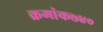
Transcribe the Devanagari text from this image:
क्रमांक७४०